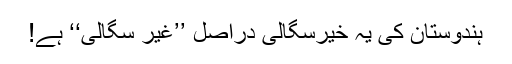
ہندوستان کی یہ خیرسگالی دراصل ’’غیر سگالی‘‘ ہے!